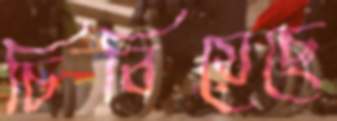
চিবিয়েছে